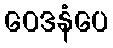
ဝေဒနံပေ